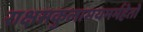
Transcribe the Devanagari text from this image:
राक्षसकुलामयमर्महेतो